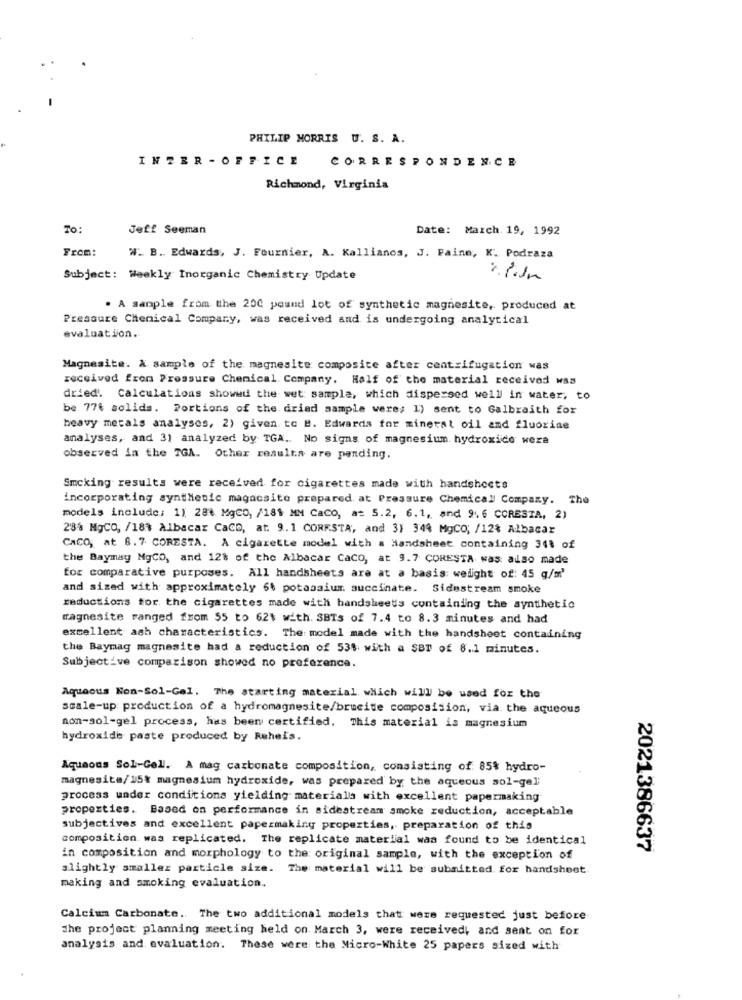
PHILIP MORRIS U. S. A.
INZER - OFFICE CORRESPONDENCE
Richmond, Virginia
To:
Jeff Seeman
Date: March. 19, 1992
From:
W. B. Edwards, J. Fournier, A. Kallianos, J. Paine, K. Podraza
Subject: Weekly Inorganic Chemistry Update
. A sample from the 200 pound lot of synthetic magnesite, produced at
Pressure Chemical Company, was received and is undergoing analytical
evaluation.
Magnesite. A sample of the magnesite composite after centrifugation was
received from Pressure Chemical Company. Half of the material received was
dried. Calculations showed the wet sample, which dispersed well in water, to
be 776 solida. Portions of the. dried sample were; 1) sent to Galbraith for
heavy metals analyses, 2) given to B. Edwards for mineral oil and fluorine
analyses, and 3] analyzed by TGA .. No signs of magnesium hydroxide wera
observed in the TGA. Other resulta are pending.
Smoking results were received for cigarettes made with handshocts
incorporating synthetic magacsite prepared at Pressure Chemical Company. The
models include: 1) 281 MgCO, /181 MM CaCO, a= 5.2, 6.1, and 9. 6 CCRESTA, 2)
28% MgCO, /18% Albacar CaCD, at. 9.1 CORESTA, and 3) 344 MgCO; /12% Albacar
CACO, at 8.7 CORESTA. A cigarette model with a Handsheet containing 341 of
the Baymay MgCO, and 12% of the Albacar CaCO, at 9.7 CORESTA was: also made
for comparative purposes. All handsheets are at a basis: weight of: 45 g/m'
and sized with approximately 64 potassium succinate. Sidestream smoke
reductions for the cigarettes made with handsheets containing the synthetic
magnesite ranged from 55 to 621 with. SBTs of 7.4 to 8.3 minutes and had
excellent ash characteristics. The model made with the handsheet containing
the Baymag magnesite had a reduction of 535 with a SBT of 8.1 minutes.
Subjective comparison showed no preference.
Aqueous Non-Sol-Gel. The starting material which will be used for the
scale-up production of a hydromagnesite/brucite composition, via the aqueous
non-sol-gel process, has been certified. This material is magnesium
hydroxide paste produced by Reheis.
Aqueous Sol-Gell. A mag carbonate composition, consisting of 85% hydro-
magnesite/15% magnesium hydroxide, was prepared by the aqueous sol-gel'
process under conditions yielding materials with excellent papermaking
properties. Based on performance in sidestream smoke reduction, acceptable
subjectives and excellent papermaking properties, preparation of this
composition was replicated. The replicate material was found to be identical
2021386637
in composition and morphology to the original sample, with the exception of
slightly smaller particle size. The material will be submitted for handsheet
making and smoking evaluation.
Calcium Carbonate. The two additional models that were requested just before
the project planning meeting held on March 3, were received, and sent on for
analysis and evaluation. These were the Micro-White 25 papers sized with